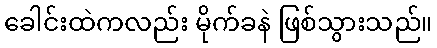
ခေါင်းထဲကလည်း မိုက်ခနဲ ဖြစ်သွားသည်။